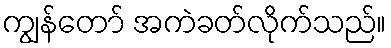
ကျွန်တော် အကဲခတ်လိုက်သည်။